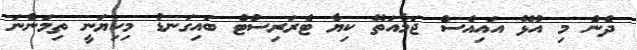
ދެން މި އުޅޭ އައިއެސް ޖަމާއަތޭ ކިޔާ ޓެރަރިސްޓް ބައިގަނޑު މިކިޔަނީ ތިމަންނަ